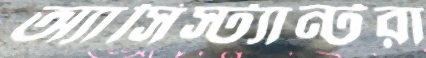
অ্যাসিস্ট্যান্টরা